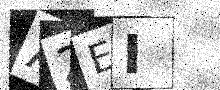
Text: A2EI